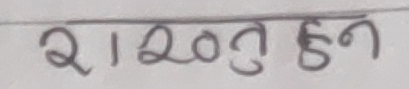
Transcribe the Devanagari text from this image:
२।२० तु हुन